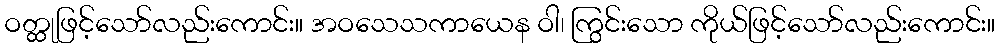
ဝတ္ထုဖြင့်သော်လည်းကောင်း။ အဝသေသကာယေန ဝါ၊ ကြွင်းသော ကိုယ်ဖြင့်သော်လည်းကောင်း။